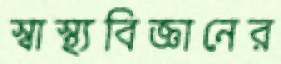
স্বাস্থ্যবিজ্ঞানের